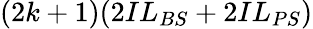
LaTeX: (2k+1)(2IL_{BS}+2IL_{PS})